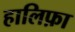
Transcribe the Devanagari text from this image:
हालिफ़ा